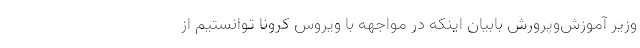
وزیر آموزش‌وپرورش بابیان اینکه در مواجهه با ویروس کرونا توانستیم از